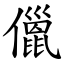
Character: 儠